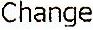
CHANGE